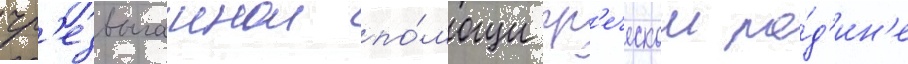
чр'езвычаинои по́мощи гр'еческои ро́д'ин'е